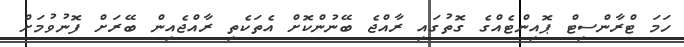
ހަމަ ޓްރާންސިޓް ޕޮއިންޓެއްގެ ގޮތުގައި ރާއްޖެ ބޭނުންކޮށް އެތަކެތި ރާއްޖެއިން ބޭރަށް ފޮނުވުމަށް